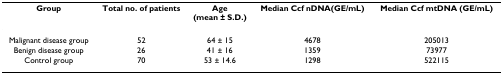
| Group | Total no. of patients | Age(mean ± S.D.) | Median Ccf nDNA(GE/mL) | Median Ccf mtDNA (GE/mL) |
 | --- | --- | --- | --- | --- |
 | Malignant disease group | 52 | 64 ± 15 | 4678 | 205013 |
 | Benign disease group | 26 | 41 ± 16 | 1359 | 73977 |
 | Control group | 70 | 53 ± 14.6 | 1298 | 522115 |